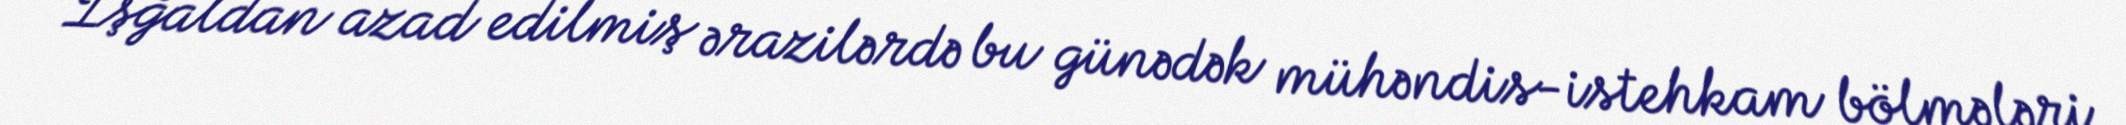
İşğaldan azad edilmiş ərazilərdə bu günədək mühəndis-istehkam bölmələri